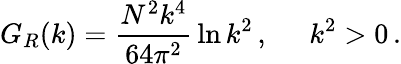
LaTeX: G_{R}(k)={\frac{N^{2}k^{4}}{64\pi^{2}}}\ln{k^{2}}\, ,\; \; \; \; \; k^{2}>0\, .